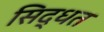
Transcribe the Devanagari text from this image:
सिद्धत